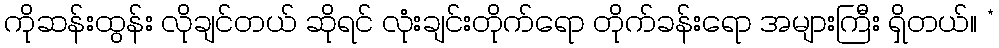
ကိုဆန်းထွန်း လိုချင်တယ် ဆိုရင် လုံးချင်းတိုက်ရော တိုက်ခန်းရော အများကြီး ရှိတယ်။ *